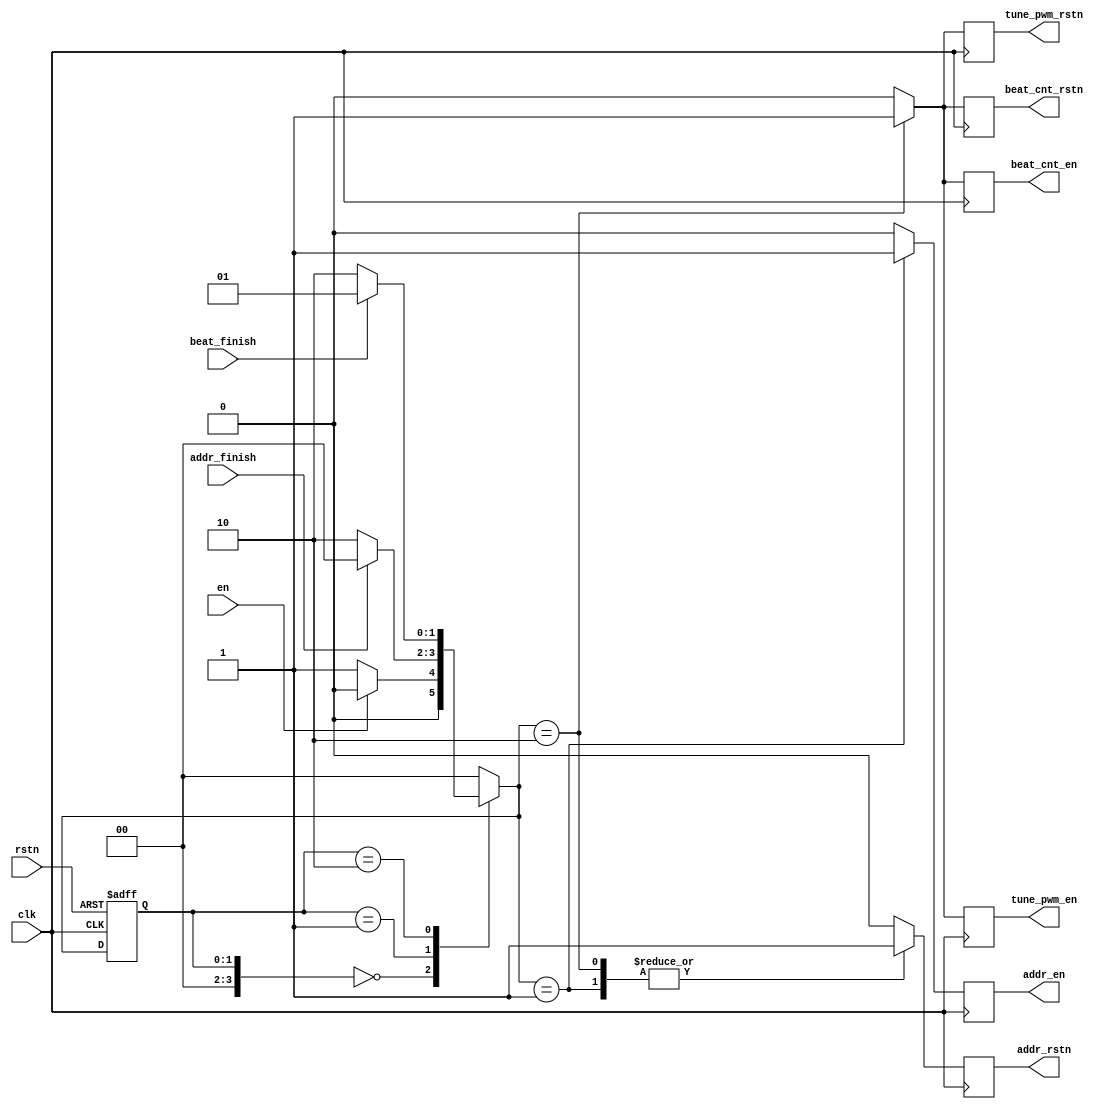
module bzmusic_ctrl (clk,en,rstn,addr_finish,beat_finish,addr_en,addr_rstn,tune_pwm_en,tune_pwm_rstn,beat_cnt_en,beat_cnt_rstn);
input clk,en,rstn;
input addr_finish,beat_finish;
output reg addr_en,addr_rstn;
output reg tune_pwm_en,tune_pwm_rstn;
output reg beat_cnt_en,beat_cnt_rstn;
parameter  S0=2'b00;
parameter  S1=2'b01;
parameter  S2=2'b10;
reg [3:0] state=S1;
reg [3:0] next_state=S1;
always @(en or beat_finish or addr_finish or state) begin 
    case(state)
        S0 :begin
            if (!en) begin
                next_state=S1;
            end else begin
                next_state=S0;
            end
        end
        S1 :begin
            if (addr_finish) begin
                next_state=S0;
            end else begin
                next_state=S2;
            end
        end
        S2 :begin
            if (beat_finish) begin
                next_state=S1;
            end else begin
                next_state=S2;
            end
        end
        default:next_state=S0;
        endcase // state
    end

 
always @(posedge clk or posedge rstn) begin 
    if(rstn) begin
        state<=S0;
    end else begin
        state<=next_state;      
        end
end


always @(posedge clk ) begin 
    case (next_state)
        S0:begin
            addr_en<=1'b0;
            addr_rstn<=1'b0;
            tune_pwm_en<=1'b0;
            tune_pwm_rstn<=1'b0;
            beat_cnt_en<=1'b0;
            beat_cnt_rstn<=1'b0;
        end
        S1:begin
            addr_en<=1'b1;
            addr_rstn<=1'b1;
            tune_pwm_en<=1'b0;
            tune_pwm_rstn<=1'b0;
            beat_cnt_en<=1'b0;
            beat_cnt_rstn<=1'b0;
        end
        S2:begin
            addr_en<=1'b0;
            addr_rstn<=1'b1;
            tune_pwm_en<=1'b1;
            tune_pwm_rstn<=1'b1;
            beat_cnt_en<=1'b1;
            beat_cnt_rstn<=1'b1;
        end
        default:begin
            addr_en<=1'b0;
            addr_rstn<=1'b0;
            tune_pwm_en<=1'b0;
            tune_pwm_rstn<=1'b0;
            beat_cnt_en<=1'b0;
            beat_cnt_rstn<=1'b0;
        end
    endcase
end
endmodule